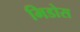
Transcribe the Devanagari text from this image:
मिडोस